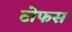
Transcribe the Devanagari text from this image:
टोफस